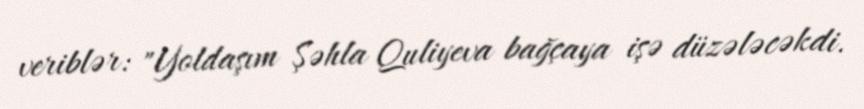
veriblər: "Yoldaşım Şəhla Quliyeva bağçaya işə düzələcəkdi.